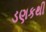
ડણકથી